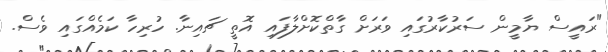
"ރައީސް ޔާމީން ސަރުކާރުގައި ވަރަށް ގާތްކޮށްލާފައި އޮތީ ޗައިނާ. ހުރިހާ ކަމެއްގައި ވެސް.